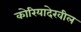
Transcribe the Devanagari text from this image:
कोरियादेखील